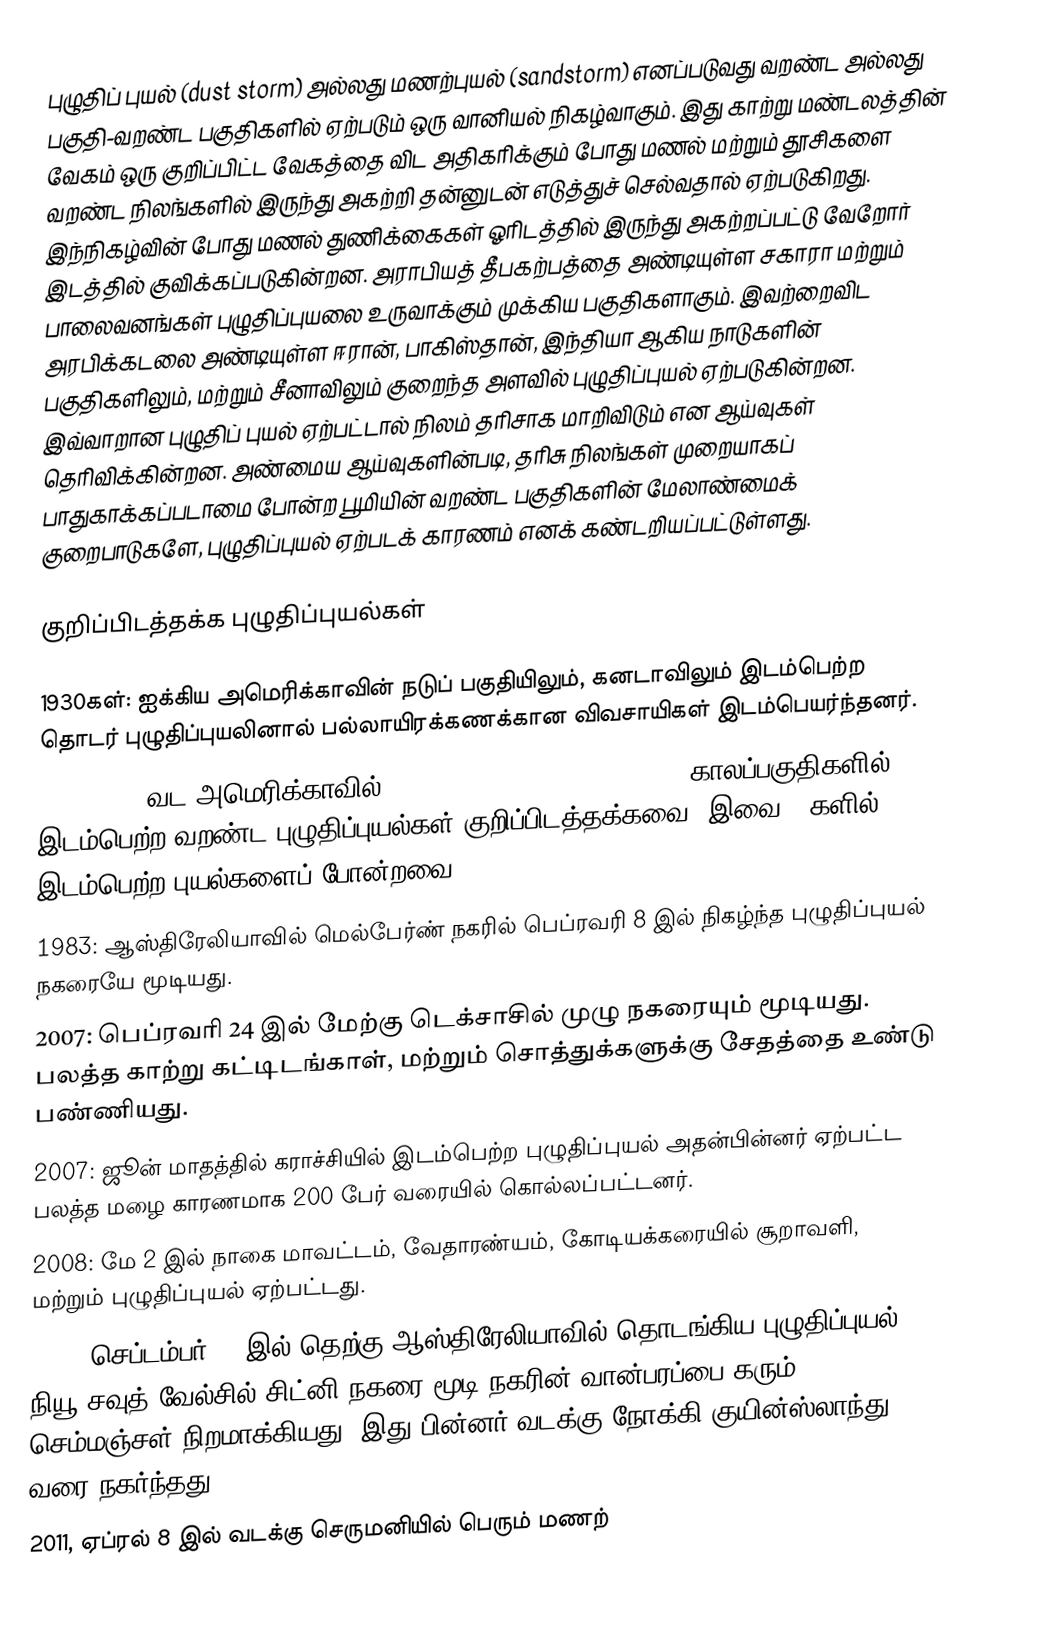
புழுதிப் புயல் (dust storm) அல்லது மணற்புயல் (sandstorm) எனப்படுவது வறண்ட அல்லது பகுதி-வறண்ட பகுதிகளில் ஏற்படும் ஒரு வானியல் நிகழ்வாகும். இது காற்று மண்டலத்தின் வேகம் ஒரு குறிப்பிட்ட வேகத்தை விட அதிகரிக்கும் போது மணல் மற்றும் தூசிகளை வறண்ட நிலங்களில் இருந்து அகற்றி தன்னுடன் எடுத்துச் செல்வதால் ஏற்படுகிறது. இந்நிகழ்வின் போது மணல் துணிக்கைகள் ஓரிடத்தில் இருந்து அகற்றப்பட்டு வேறோர் இடத்தில் குவிக்கப்படுகின்றன. அராபியத் தீபகற்பத்தை அண்டியுள்ள சகாரா மற்றும் பாலைவனங்கள் புழுதிப்புயலை உருவாக்கும் முக்கிய பகுதிகளாகும். இவற்றைவிட அரபிக்கடலை அண்டியுள்ள ஈரான், பாகிஸ்தான், இந்தியா ஆகிய நாடுகளின் பகுதிகளிலும், மற்றும் சீனாவிலும் குறைந்த அளவில் புழுதிப்புயல் ஏற்படுகின்றன. இவ்வாறான புழுதிப் புயல் ஏற்பட்டால் நிலம் தரிசாக மாறிவிடும் என ஆய்வுகள் தெரிவிக்கின்றன. அண்மைய ஆய்வுகளின்படி, தரிசு நிலங்கள் முறையாகப் பாதுகாக்கப்படாமை போன்ற பூமியின் வறண்ட பகுதிகளின் மேலாண்மைக் குறைபாடுகளே, புழுதிப்புயல் ஏற்படக் காரணம் எனக் கண்டறியப்பட்டுள்ளது.

குறிப்பிடத்தக்க புழுதிப்புயல்கள்

 1930கள்: ஐக்கிய அமெரிக்காவின் நடுப் பகுதியிலும், கனடாவிலும் இடம்பெற்ற தொடர் புழுதிப்புயலினால் பல்லாயிரக்கணக்கான விவசாயிகள் இடம்பெயர்ந்தனர்.
 1954-1991: வட அமெரிக்காவில் 1954-56, 1976-78, and 1987-91 காலப்பகுதிகளில் இடம்பெற்ற வறண்ட புழுதிப்புயல்கள் குறிப்பிடத்தக்கவை. இவை 30களில் இடம்பெற்ற புயல்களைப் போன்றவை.
 1983: ஆஸ்திரேலியாவில் மெல்பேர்ண் நகரில் பெப்ரவரி 8 இல் நிகழ்ந்த புழுதிப்புயல் நகரையே மூடியது.
 2007: பெப்ரவரி 24 இல் மேற்கு டெக்சாசில் முழு நகரையும் மூடியது. பலத்த காற்று கட்டிடங்காள், மற்றும் சொத்துக்களுக்கு சேதத்தை உண்டு பண்ணியது.
 2007: ஜூன் மாதத்தில் கராச்சியில் இடம்பெற்ற புழுதிப்புயல் அதன்பின்னர் ஏற்பட்ட பலத்த மழை காரணமாக 200 பேர் வரையில் கொல்லப்பட்டனர்.
 2008: மே 2 இல் நாகை மாவட்டம், வேதாரண்யம், கோடியக்கரையில் சூறாவளி, மற்றும் புழுதிப்புயல் ஏற்பட்டது.
 2009: செப்டம்பர் 23 இல் தெற்கு ஆஸ்திரேலியாவில் தொடங்கிய புழுதிப்புயல் நியூ சவுத் வேல்சில் சிட்னி நகரை மூடி நகரின் வான்பரப்பை கரும் செம்மஞ்சள் நிறமாக்கியது. இது பின்னர் வடக்கு நோக்கி குயின்ஸ்லாந்து வரை நகர்ந்தது.
 2011, ஏப்ரல் 8 இல் வடக்கு செருமனியில் பெரும் மணற்